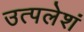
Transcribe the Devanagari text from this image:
उत्पलेशं